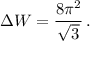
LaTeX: \Delta W = \frac { 8 \pi ^ { 2 } } { \sqrt { 3 } } \, .